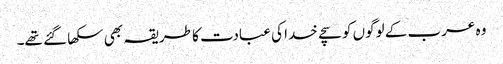
وہ عرب کے لوگوں کو سچے خدا کی عبادت کا طریقہ بھی سکھا گئے تھے۔